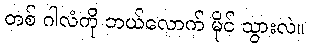
တစ် ဂါလံကို ဘယ်လောက် မိုင် သွားလဲ။